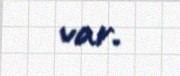
var.